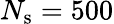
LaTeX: N_{\mathrm{s}}=500